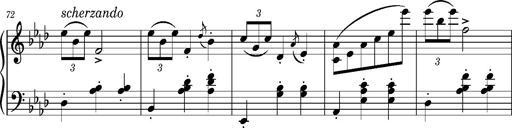
Title: Petite valse favorite
Composer: Franz Liszt
Key: A-flat major